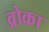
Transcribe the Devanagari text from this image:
व्रोका